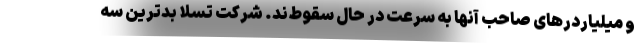
و میلیاردرهای صاحب آنها به سرعت در حال سقوط‌ند. شرکت تسلا بدترین سه